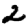
Digit: 2